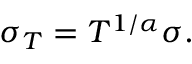
\sigma _ { T } = T ^ { 1 / \alpha } \sigma .